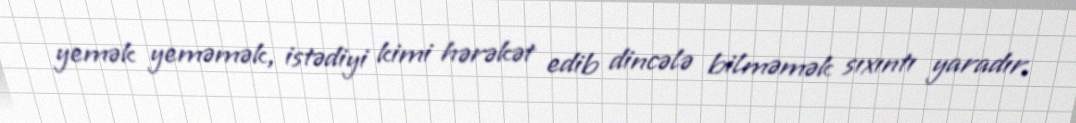
yemək yeməmək, istədiyi kimi hərəkət edib dincələ bilməmək sıxıntı yaradır.